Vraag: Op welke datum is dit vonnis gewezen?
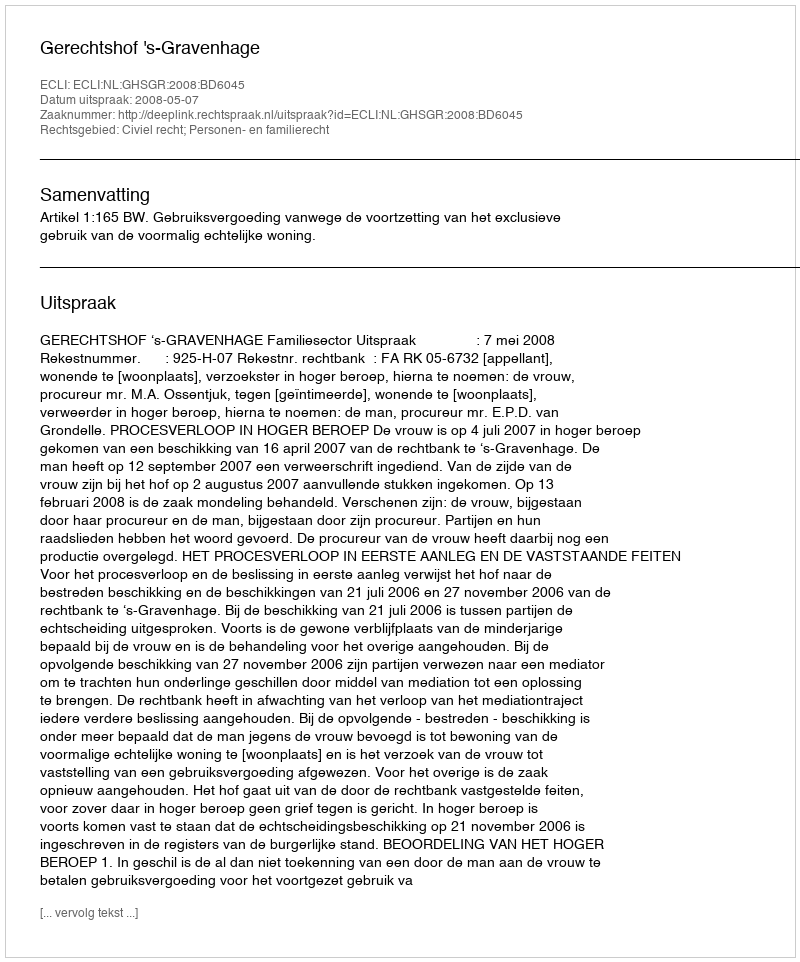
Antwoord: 2008-05-07